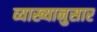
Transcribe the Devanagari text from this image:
व्याख्यानुसार